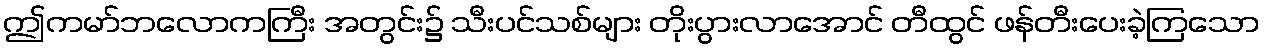
ဤကမာ်ဘလောကကြီး အတွင်း၌ သီးပင်သစ်များ တိုးပွားလာအောင် တီထွင် ဖန်တီးပေးခဲ့ကြသော